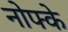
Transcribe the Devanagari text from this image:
नोफ्के